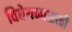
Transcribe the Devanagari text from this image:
विधेयकासाठी